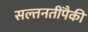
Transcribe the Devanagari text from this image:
सल्तनतींपैकी